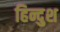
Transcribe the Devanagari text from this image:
हिन्दुश